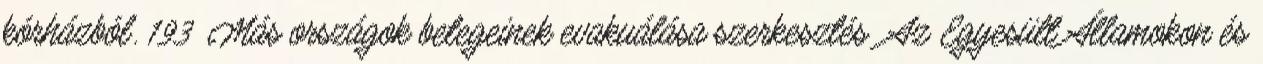
kórházból. 193 Más országok betegeinek evakuálása szerkesztés Az Egyesült Államokon és